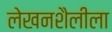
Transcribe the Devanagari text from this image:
लेखनशैलीला